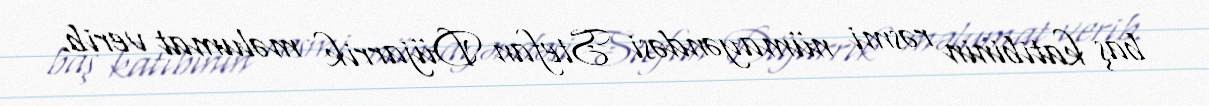
baş katibinin rəsmi nümayəndəsi Stefan Düjarrik məlumat verib.